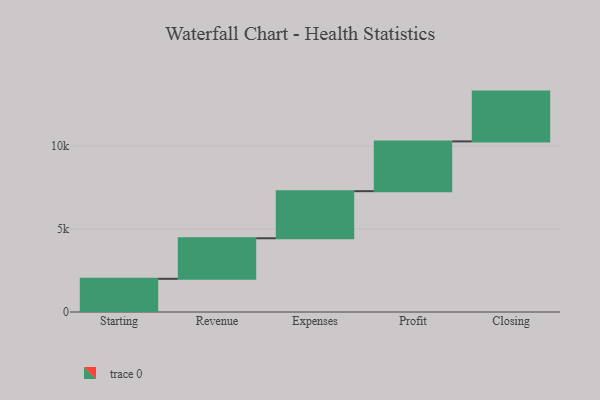
{"axis": {"x": "Step", "y": "Value"}, "legend": [""], "data": [{"x": "Starting", "y": 2000.0, "type": ""}, {"x": "Revenue", "y": 2443.0, "type": ""}, {"x": "Expenses", "y": 2838.0, "type": ""}, {"x": "Profit", "y": 3000, "type": ""}, {"x": "Closing", "y": 3000, "type": ""}]}